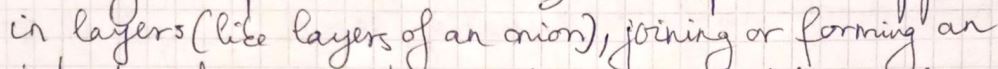
in layers ( like layers of an onion ), joining or forming an